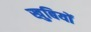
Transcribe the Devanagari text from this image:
खुबियों